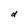
Character: d